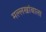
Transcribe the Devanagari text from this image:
मल्लखांबाला